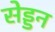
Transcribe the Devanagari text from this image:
सेड्डन